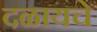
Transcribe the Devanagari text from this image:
दळायचे